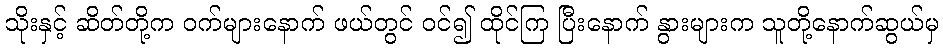
သိုးနှင့် ဆိတ်တို့က ဝက်များနောက် ဖယ်တွင် ဝင်၍ ထိုင်ကြ ပြီးနောက် နွားများက သူတို့နောက်ဆွယ်မှ